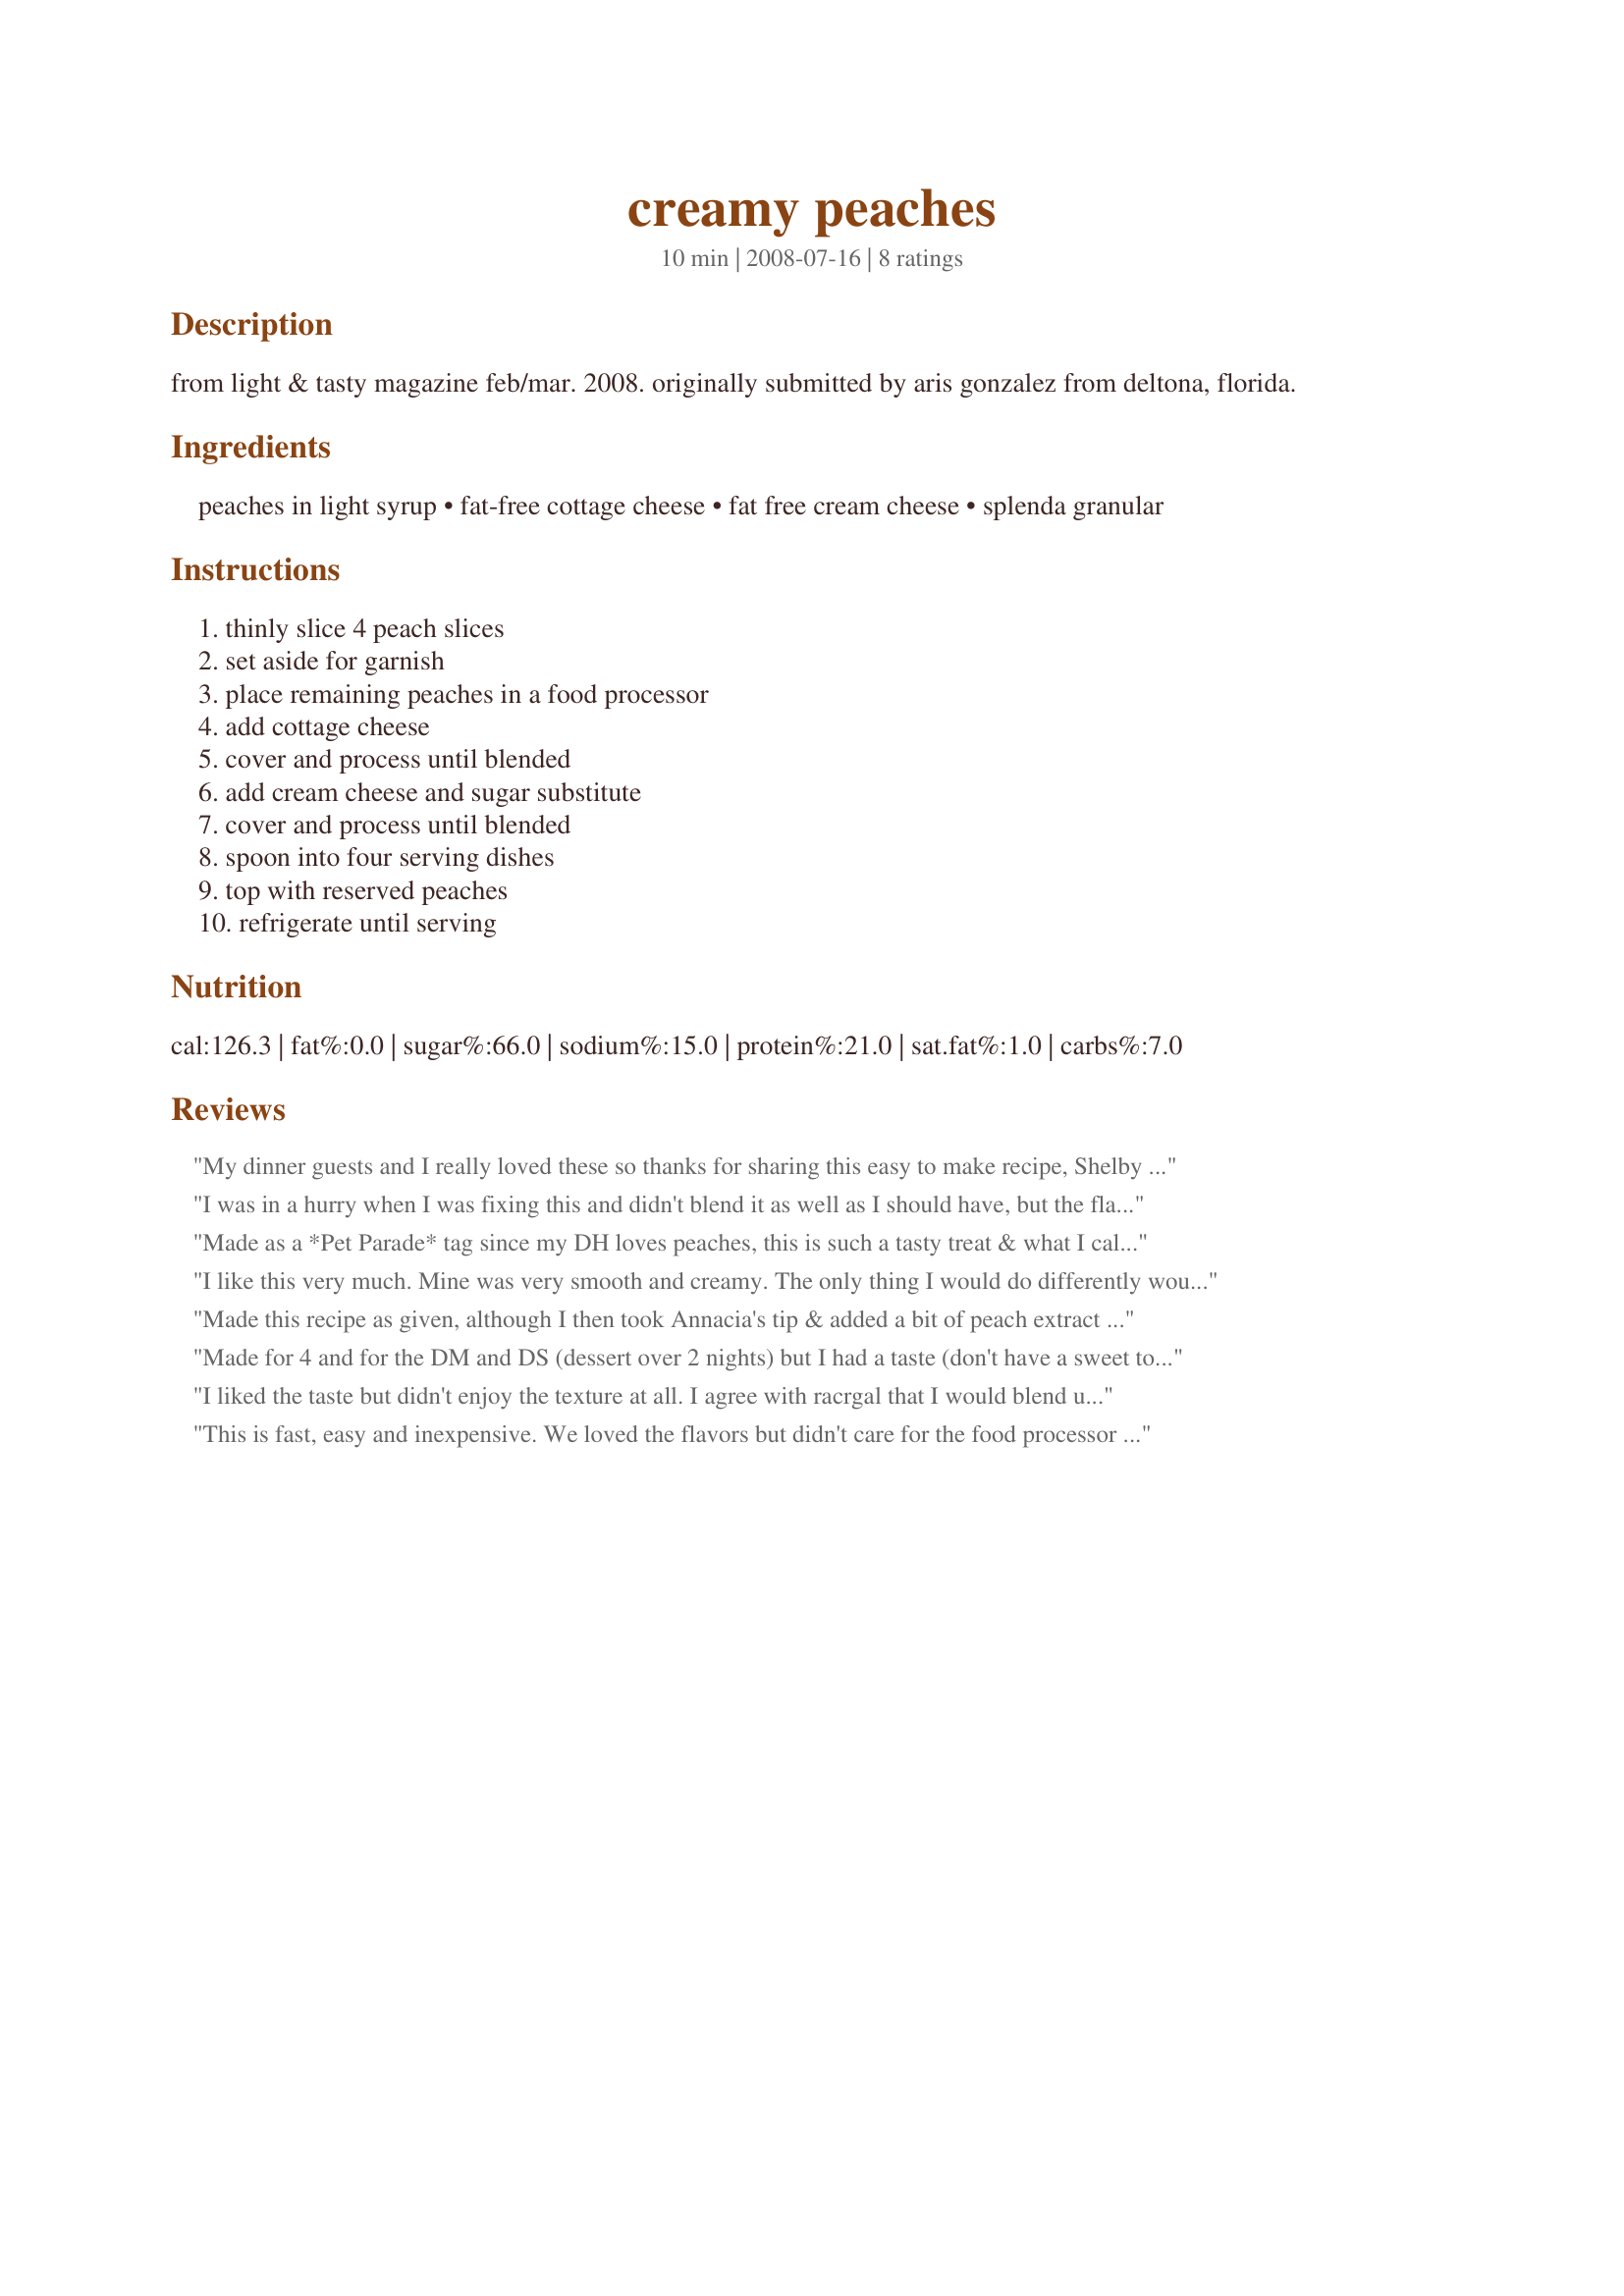
creamy peaches
Preparation time: 10 minutes

from light & tasty magazine feb/mar. 2008. originally submitted by aris gonzalez from deltona, florida.

Ingredients:
peaches in light syrup, fat-free cottage cheese, fat free cream cheese, splenda granular

Steps:
thinly slice 4 peach slices, set aside for garnish, place remaining peaches in a food processor, add cottage cheese, cover and process until blended, add cream cheese and sugar substitute, cover and process until blended, spoon into four serving dishes, top with reserved peaches, refrigerate until serving

Reviews:
My dinner guests and I really loved these so thanks for sharing this easy to make recipe, Shelby Jo. I followed the recipe exactly, except for using brown sugar instead of Splenda. I'm not a sweet tooth but I prefer to stay with "real" - for want of a better word - ingredients than substitutes.
I was in a hurry when I was fixing this and didn't blend it as well as I should have, but the flavor was still good. Next time I'll blend longer and make it nice and creamy. Thanks for a fast, easy dessert.
Made as a *Pet Parade* tag since my DH loves peaches, this is such a tasty treat & what I call a friendly recipe ~ time, budget + ingredient friendly, adult + kid-friendly & health-friendly at no-fat & only 130 cal. My sweet-tooth DH did not even realize it was the latter, esp when I dressed his up a bit w/a dollop of spray cream + a choc mint as seen in the pic. I made a full recipe using my magic bullet to whiz this together in no time at all. Chill time is important here as the mix sets up to a light pudding texture w/it. Loved this, Shelby Jo, & its versatility since it works for breakfast or brunch, as an after school treat or a dessert. Thx for sharing this sure-to-be-repeated recipe w/us. :-)
I like this very much. Mine was very smooth and creamy. The only thing I would do differently would be to add some peach extract to enhance the peach flavor which largely lost to the cottage and cream cheeses. This actually tastes like a slice of cheesecake (which isn't a bad thing at all, lol) and it certainly is very quick and simple. It's also thick enough to be eaten at once without any chill time if you wanted too. Made for Photo Tag
Made this recipe as given, although I then took Annacia's tip & added a bit of peach extract to give it more of a peach flavor, & I was very pleased with this very nice, refreshing peachy dessert! Thanks for sharing the recipe! [Made & reviewed in Zaar Stars recipe tag]
Made for 4 and for the DM and DS (dessert over 2 nights) but I had a taste (don't have a sweet tooth) but found a litle grainy to taste but that could be the cottage cheese (Weight Watchers brand) but otherwise tsted very nice. Thankyou Shelby Jo, made for ZAAR Stars.
I liked the taste but didn't enjoy the texture at all. I agree with racrgal that I would blend until completely smooth (or use yogurt) or not at all. Just a personal preference.
This is fast, easy and inexpensive. We loved the flavors but didn't care for the food processor blended texture. If I make it again I will either blend until totally smooth or not at all. The flavors mix well for a light treat.
